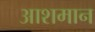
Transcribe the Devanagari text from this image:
आशमान